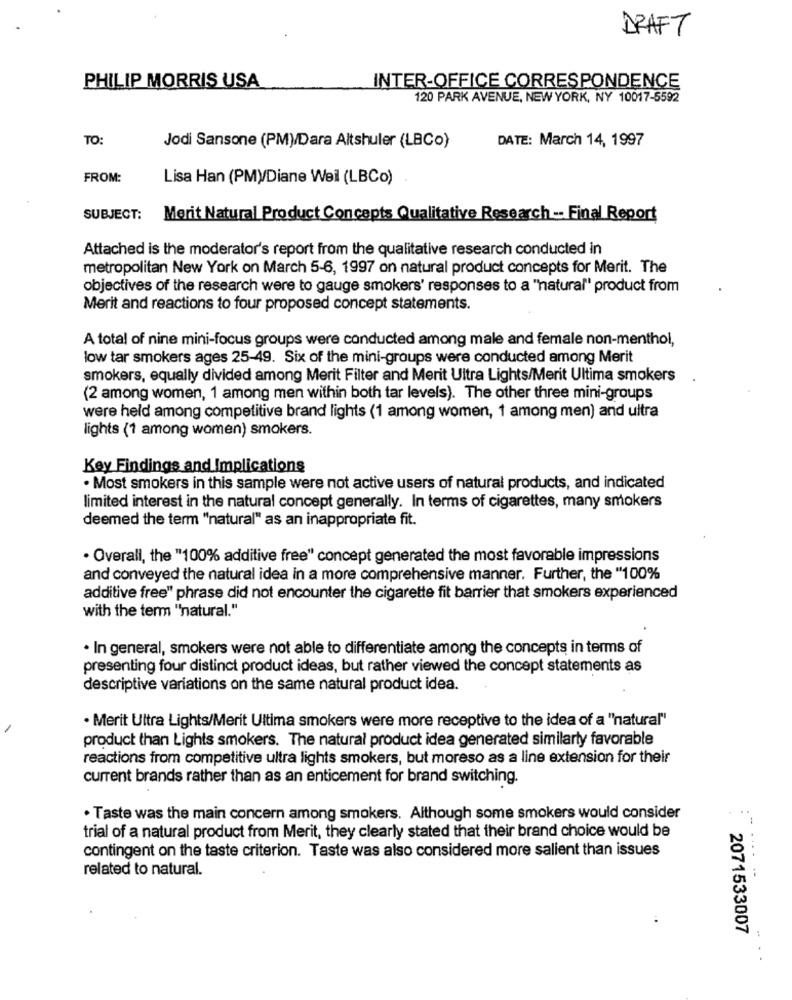
DRAFT
PHILIP MORRIS USA
INTER-OFFICE CORRESPONDENCE
120 PARK AVENUE, NEW YORK, NY 10017-5592
TO:
DATE: March 14, 1997
Jodi Sansone (PM)/Dara Altshuler (LBCo)
FROM:
Lisa Han (PM)/Diane Weil (LBCo)
SUBJECT:
Merit Natural Product Concepts Qualitative Research -- Final Report
Attached is the moderator's report from the qualitative research conducted in
metropolitan New York on March 5-6, 1997 on natural product concepts for Merit. The
objectives of the research were to gauge smokers' responses to a "natural" product from
Merit and reactions to four proposed concept statements.
A total of nine mini-focus groups were conducted among male and female non-menthol,
low tar smokers ages 25-49. Six of the mini-groups were conducted among Merit
smokers, equally divided among Merit Filter and Merit Ultra Lights/Merit Ultima smokers
(2 among women, 1 among men within both tar levels). The other three mini-groups
were held among competitive brand lights (1 among women, 1 among men) and ultra
lights (1 among women) smokers.
Key Findings and Implications
· Most smokers in this sample were not active users of natural products, and indicated
limited interest in the natural concept generally. In terms of cigarettes, many smokers
deemed the term "natural" as an inappropriate fit.
. Overall, the "100% additive free" concept generated the most favorable impressions
and conveyed the natural idea in a more comprehensive manner. Further, the "100%
additive free" phrase did not encounter the cigarette fit barrier that smokers experienced
with the term "natural."
· In general, smokers were not able to differentiate among the concepts in terms of
presenting four distinct product ideas, but rather viewed the concept statements as
descriptive variations on the same natural product idea.
· Merit Ultra Lights/Merit Ultima smokers were more receptive to the idea of a "natural"
product than Lights smokers. The natural product idea generated similarly favorable
reactions from competitive ultra lights smokers, but moreso as a line extension for their
current brands rather than as an enticement for brand switching.
· Taste was the main concern among smokers. Although some smokers would consider
-
trial of a natural product from Merit, they clearly stated that their brand choice would be
contingent on the taste criterion. Taste was also considered more salient than issues
related to natural.
2071533007
. .